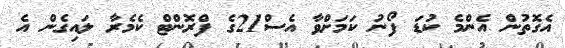
އެގޮތުން އެންމެ ކުޑަ ފޯނު ކަމަށްވާ އެސް21ގެ ފްރޮންޓް ކެމެރާ ލައިގެން އެ